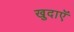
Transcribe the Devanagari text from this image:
खुदाएॅ